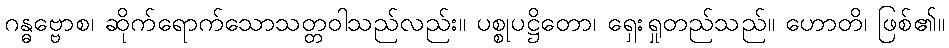
ဂန္ဓဗ္ဗောစ၊ ဆိုက်ရောက်သောသတ္တဝါသည်လည်း။ ပစ္စုပဋ္ဌိတော၊ ရှေးရှုတည်သည်။ ဟောတိ၊ ဖြစ်၏။